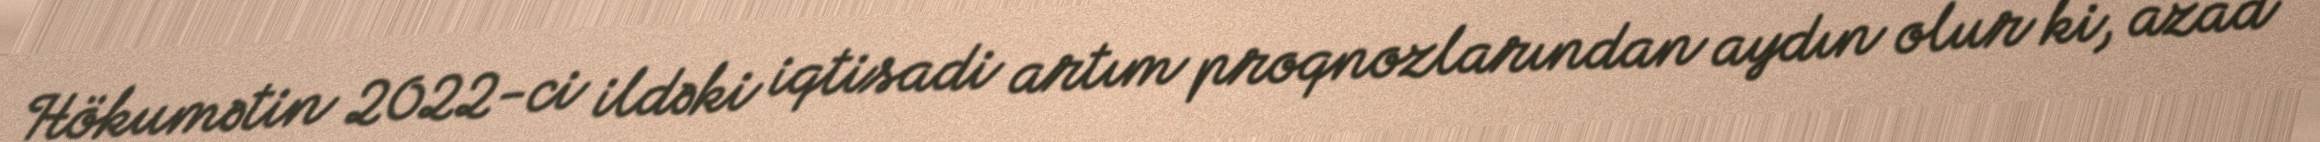
Hökumətin 2022-ci ildəki iqtisadi artım proqnozlarından aydın olur ki, azad